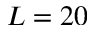
L = 2 0